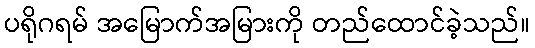
ပရိုဂရမ် အမြောက်အမြားကို တည်ထောင်ခဲ့သည်။